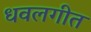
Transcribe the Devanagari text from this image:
धवलगीत